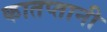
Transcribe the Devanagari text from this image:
कातप्तानी